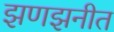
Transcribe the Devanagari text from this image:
झणझनीत